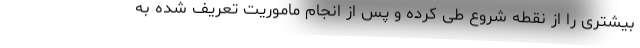
بیشتری را از نقطه شروع طی کرده و پس از انجام ماموریت تعریف شده به